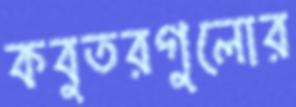
কবুতরগুলোর